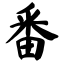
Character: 番